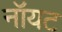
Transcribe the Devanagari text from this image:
नॉयट